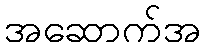
အဆောက်အ